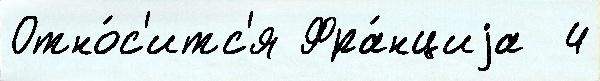
Отно́с'итс'я Фра́нциjа  4